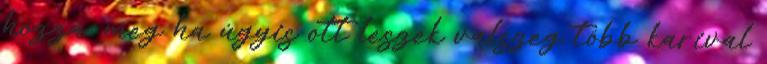
hozzá, meg ha úgyis ott leszek valszeg több karival